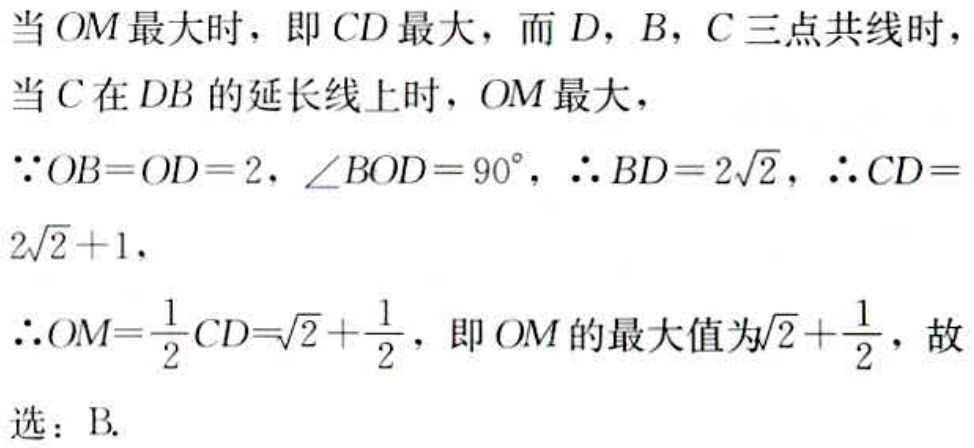
当 \(OM\) 最大时，即 \(CD\) 最大，而 \(D\)，\(B\)，\(C\) 三点共线时，
当 \(C\) 在 \(DB\) 的延长线上时，\(OM\) 最大，
\(\because OB = OD = 2\)，\(\angle BOD = 90^{\circ}\)，\(\therefore BD = 2\sqrt{2}\)，\(\therefore CD = 2\sqrt{2}+1\)，
\(\therefore OM=\frac{1}{2}CD=\sqrt{2}+\frac{1}{2}\)，即 \(OM\) 的最大值为\(\sqrt{2}+\frac{1}{2}\)，故选：B.